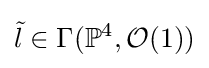
{\tilde {l}}\in \Gamma (\mathbb {P} ^{4},{\mathcal {O}}(1))